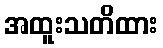
အထူးသတိထား